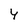
Character: 4